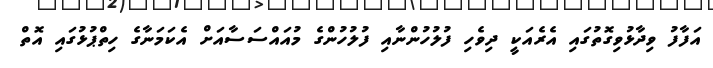
އަފާފު ވިދާޅުވިގޮތުގައި އެރެއަކީ ދިވެހި ފުލުހުންނާއި ފުލުހުންގެ މުއައްސަސާއަށް އެކަމަނާގެ ހިތްޕުޅުގައި އޮތް